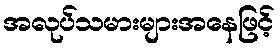
အလုပ်သမားများအနေဖြင့်